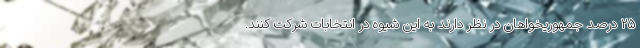
۲۵ درصد جمهوریخواهان در نظر دارند به این شیوه در انتخابات شرکت کنند.